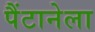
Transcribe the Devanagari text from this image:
पैंटानेला